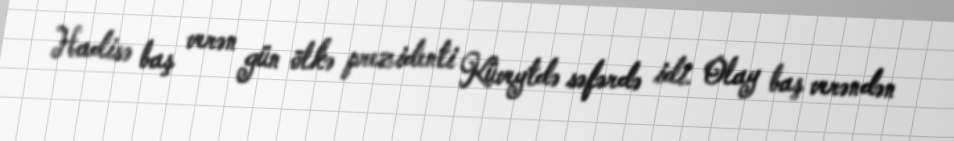
Hadisə baş verən gün ölkə prezidenti Küveytdə səfərdə idi. Olay baş verəndən